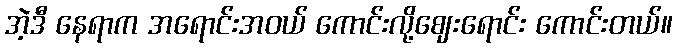
အဲ့ဒီ နေရာက အရောင်းအဝယ် ကောင်းလို့ဈေးရောင်း ကောင်းတယ်။